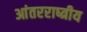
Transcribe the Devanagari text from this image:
आंतरराष्त्रीय